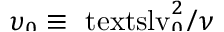
\smash { \upsilon _ { 0 } \equiv \ensuremath { \mathrm { \ t e x t s l { v } } _ { 0 } } ^ { 2 } / \nu }